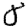
Digit: 8